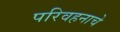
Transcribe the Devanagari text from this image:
परिवहनाचे